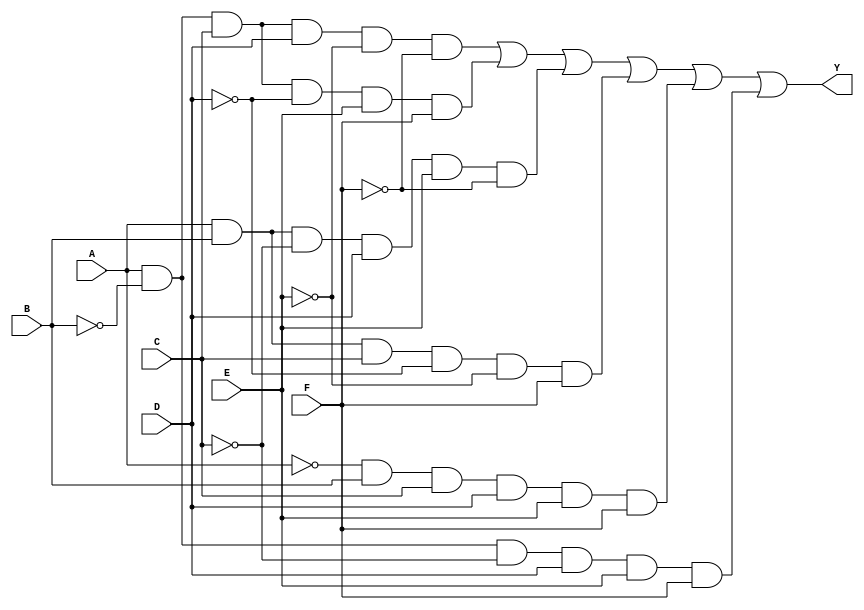
module six_variable_kmap (
    input wire A,  // Variable A
    input wire B,  // Variable B
    input wire C,  // Variable C
    input wire D,  // Variable D
    input wire E,  // Variable E
    input wire F,  // Variable F
    output wire Y  // Output Y representing the minimized function
);

// Define the output logic based on the K-map simplification
// This example assumes a hypothetical grouping of minterms.
// You will need to replace the following logic with the actual simplified expression derived from your K-map.

assign Y = (A & ~B & C & D & ~E & ~F) |  // Minterm 0
           (A & ~B & C & ~D & E & F) |  // Minterm 1
           (A & B & ~C & D & E & ~F) |  // Minterm 2
           (A & B & C & ~D & ~E & F) |  // Minterm 3
           (~A & B & C & D & E & F) |   // Minterm 4
           (A & ~B & ~C & D & E & F);   // Minterm 5
           // Add more minterms as needed based on your K-map

endmodule